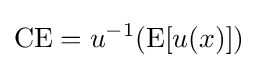
\mathrm {CE} =u^{-1}(\operatorname {E} [u(x)])